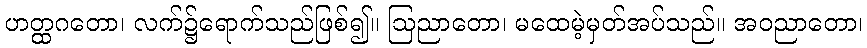
ဟတ္ထဂတော၊ လက်၌ရောက်သည်ဖြစ်၍။ ဩညာတော၊ မထေမဲ့မှတ်အပ်သည်။ အဝညာတော၊